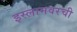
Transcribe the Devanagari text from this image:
इस्लामवरची